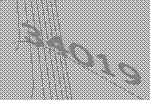
34019